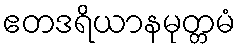
ဧတဒရိယာနမုတ္တမံ